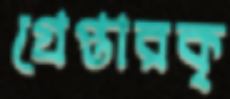
গ্রেপ্তারকৃ